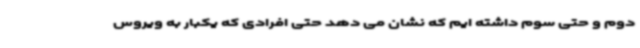
دوم و حتی سوم داشته ایم که نشان می دهد حتی افرادی که یکبار به ویروس